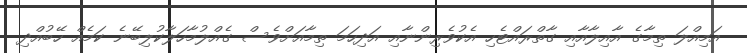
އަމިއްލަ ތިމާގެ އާއިލާއާއި ގާތްރައްޓެހި އެކުވެރިންނާއި އަދިހަމަ ތިމާއަށްވެސް ގެއްލުމާހަލާކުލިބޭނެ ކަމެއް ހޭބުއްދި